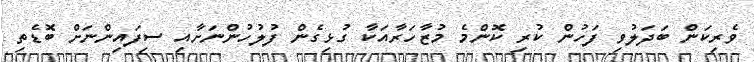
ވެރިކަން ބަދަލުވި ފަހުން ކުރި ކޮންމެ މުޒާހަރާއަކާ ގުޅިގެން ފުލުހުންނަށާއި ސިފައިންނަށް ބޮޑެތި